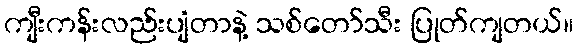
ကျီးကန်းလည်းပျံတာနဲ့ သစ်တော်သီး ပြုတ်ကျတယ်။